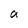
Character: a